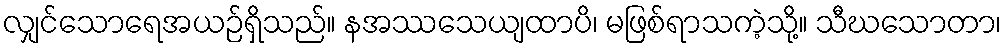
လျှင်သောရေအယဉ်ရှိသည်။ နအဿသေယျထာပိ၊ မဖြစ်ရာသကဲ့သို့။ သီဃသောတာ၊